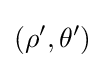
(\rho ^{\prime },\theta ^{\prime })